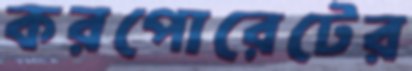
করপোরেটের